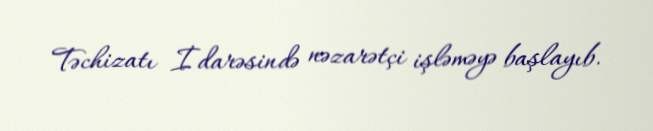
Təchizatı İdarəsində nəzarətçi işləməyə başlayıb.